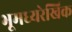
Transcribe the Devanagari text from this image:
भूमध्यरेखिक